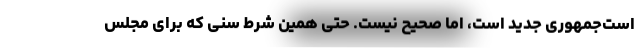
است‌جمهوری جدید است، اما صحیح نیست. حتی همین شرط سنی که برای مجلس